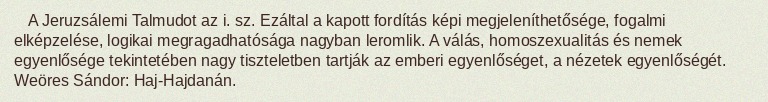
A Jeruzsálemi Talmudot az i. sz. Ezáltal a kapott fordítás képi megjeleníthetősége, fogalmi elképzelése, logikai megragadhatósága nagyban leromlik. A válás, homoszexualitás és nemek egyenlősége tekintetében nagy tiszteletben tartják az emberi egyenlőséget, a nézetek egyenlőségét. Weöres Sándor: Haj-Hajdanán.